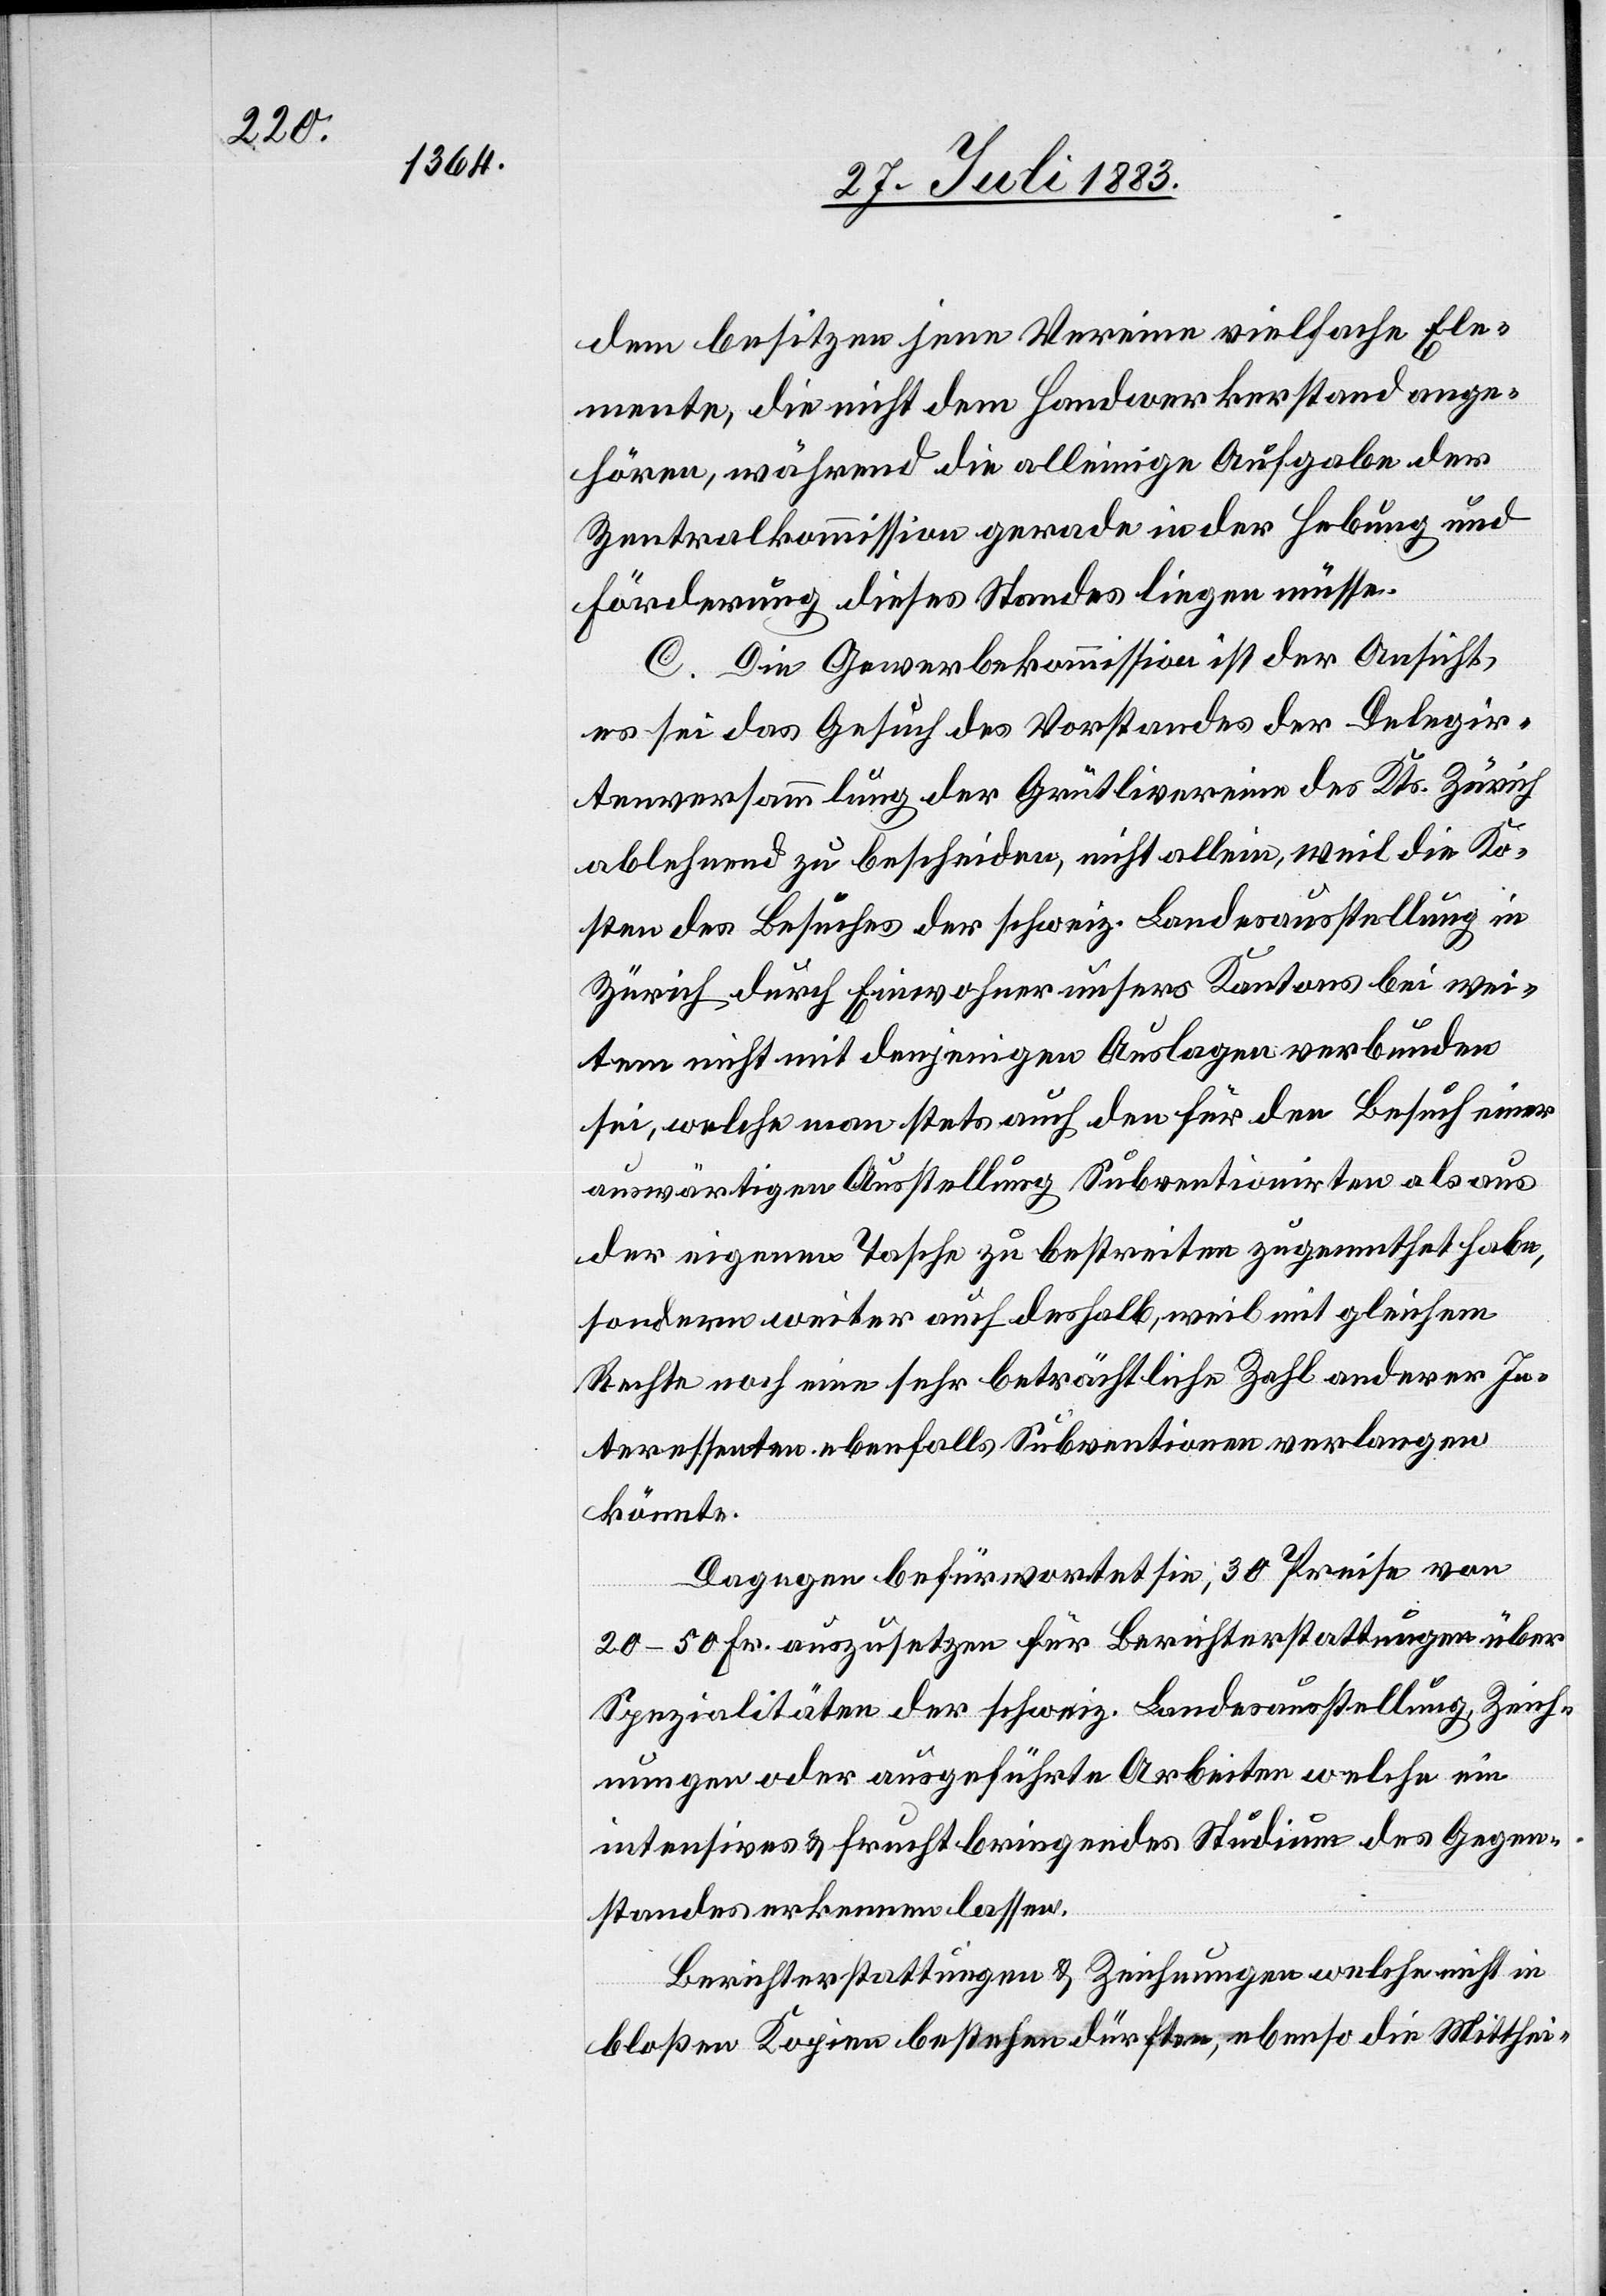
dem besitzen jene Vereine vielfache Ele¬
mente, die nicht dem Handwerkerstand ange¬
hören, während die alleinige Aufgabe der
Zentralkommission gerade in der Hebung und
Förderung dieses Standes liegen müsse.
C. Die Gewerbekommission ist der Ansicht,
es sei das Gesuch des Vorstandes der Delegir¬
tenversammlung der Grütlivereine des Kts. Zürich
ablehnend zu bescheiden, nicht allein, weil die Ko¬
sten des Besuches der schweiz. Landesausstellung in
Zürich durch Einwohner unsers Kantons bei wei¬
tem nicht mit denjenigen Auslagen verbunden
sei, welche man stets auch den für den Besuch einer
auswärtigen Ausstellung Subventionirten als aus
der eigenen Tasche zu bestreiten zugemuthet habe,
sondern weiter auch deshalb, weil mit gleichem
Rechte noch eine sehr beträchtliche Zahl anderer In¬
teressenten ebenfalls Subventionen verlangen
könnte.
Dagegen befürwortet sie, 30 Preise von
20–50 Fr. auszusetzen für Berichterstattungen über
Spezialitäten der schweiz. Landesausstellung, Zeich¬
nungen oder ausgeführte Arbeiten welche ein
intensives & fruchtbringendes Studium des Gegen¬
standes erkennen lassen.
Berichterstattungen & Zeichnungen welche nicht in
bloßen Kopien bestehen dürften, ebenso die Mitthei-